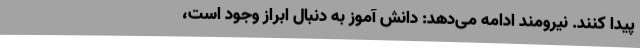
پیدا کنند. نیرومند ادامه می‌دهد: دانش آموز به دنبال ابراز وجود است،